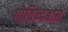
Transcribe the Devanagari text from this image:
गोविन्दबाग़